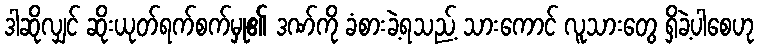
ဒါဆိုလျှင် ဆိုးယုတ်ရက်စက်မှု၏ ဒဏ်ကို ခံစားခဲ့ရသည့် သားကောင် လူသားတွေ ရှိခဲ့ပါစေဟု